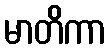
မာတိကာ